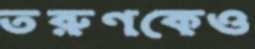
তরুণকেও